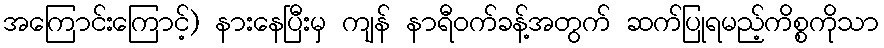
အကြောင်းကြောင့်) နားနေပြီးမှ ကျန် နာရီဝက်ခန့်အတွက် ဆက်ပြုရမည့်ကိစ္စကိုသာ